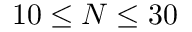
1 0 \leq N \leq 3 0